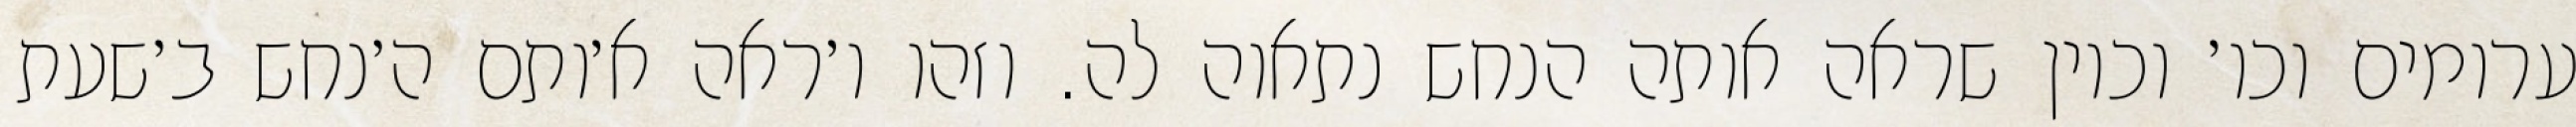
ערומים וכו׳ וכיון שראה אותה הנחש נתאוה לה. וזהו ו׳ראה א׳ותם ה׳נחש ב׳שעת